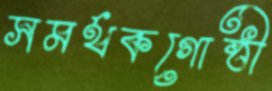
সমর্থকগোষ্ঠী